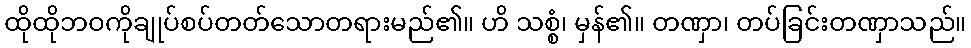
ထိုထိုဘဝကိုချုပ်စပ်တတ်သောတရားမည်၏။ ဟိ သစ္စံ၊ မှန်၏။ တဏှာ၊ တပ်ခြင်းတဏှာသည်။